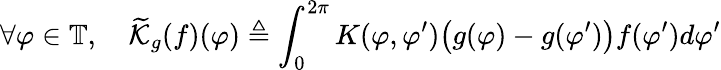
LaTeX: \forall\varphi\in\mathbb{T},\quad\widetilde{\mathcal{K}}_{g}(f)(\varphi)\triangleq\int_{0}^{2\pi}K(\varphi,\varphi^{\prime})\big(g(\varphi)-g(\varphi^{\prime})\big)f(\varphi^{\prime})d\varphi^{\prime}